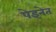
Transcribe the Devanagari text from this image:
पेइनेत